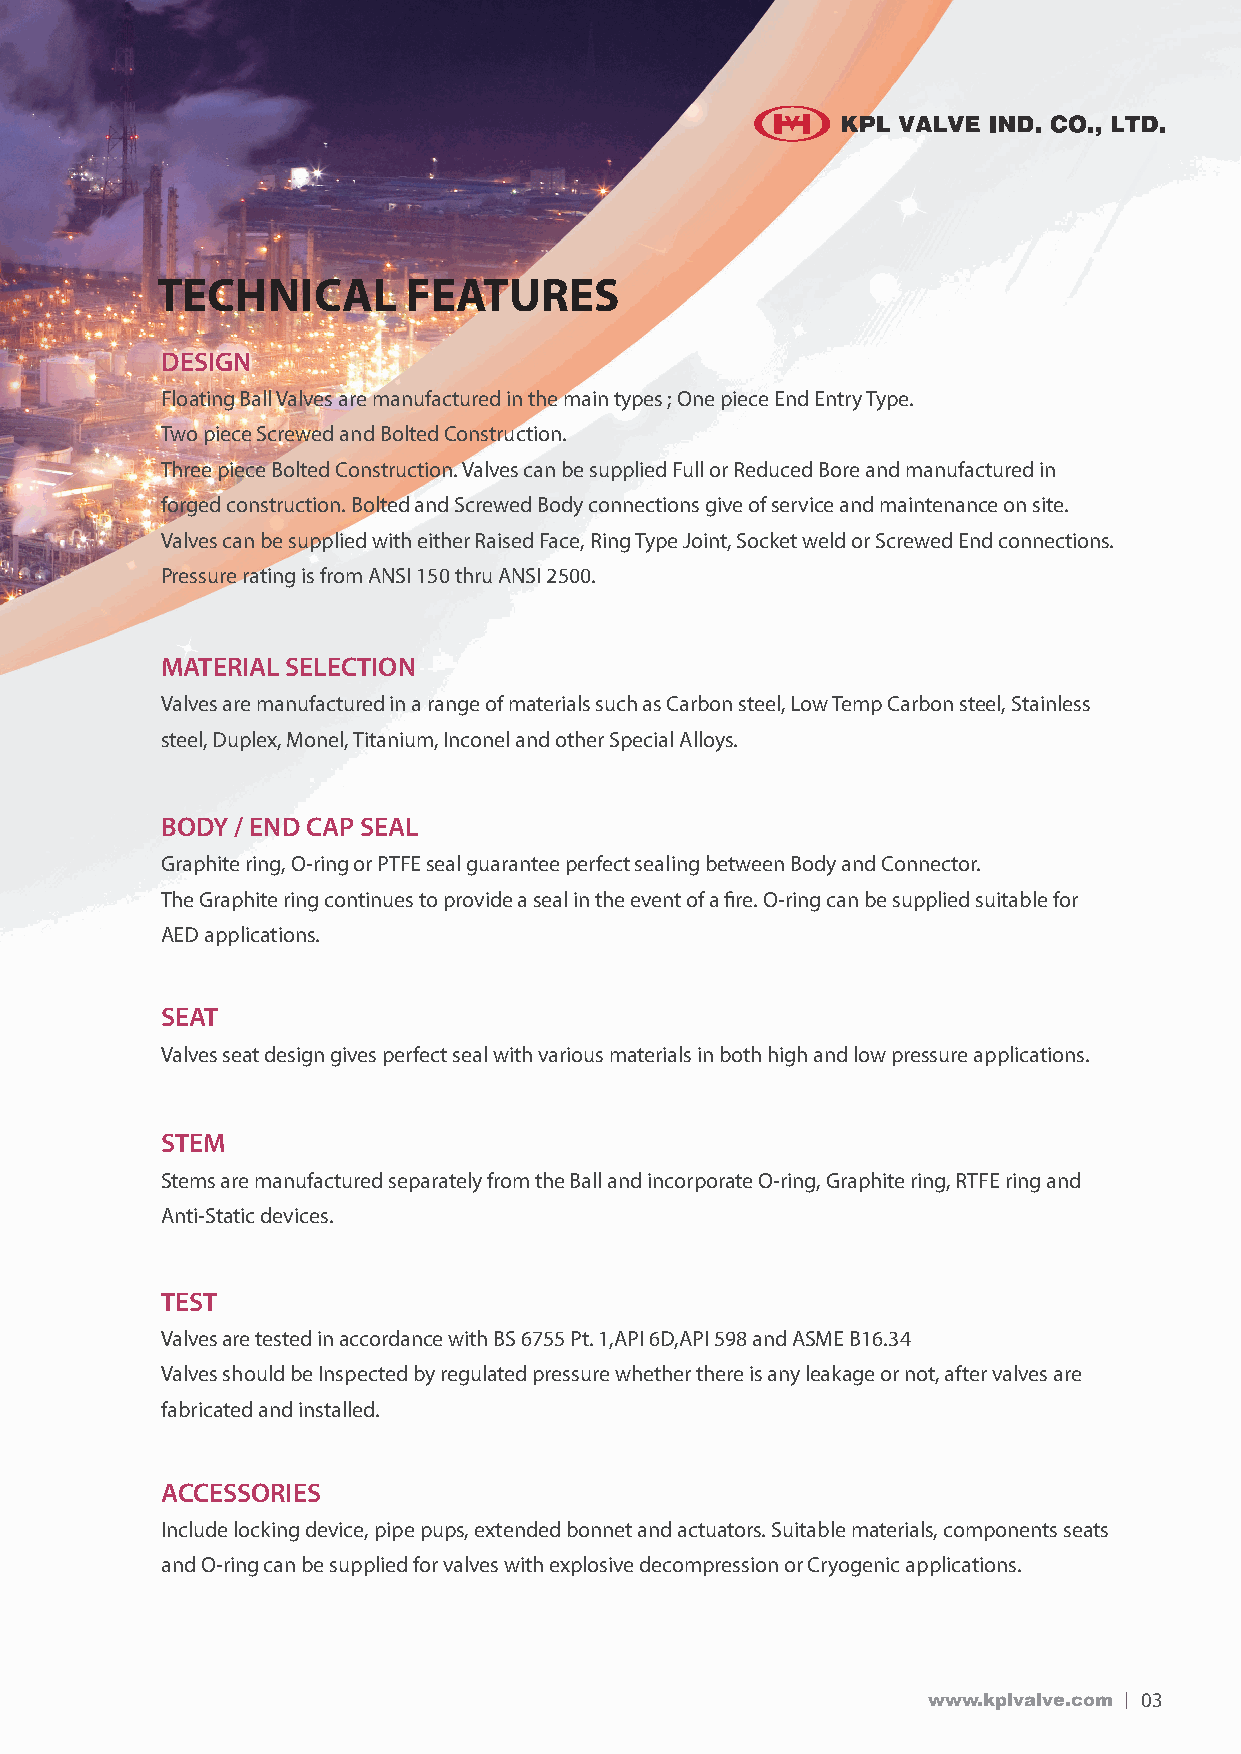
TECHNICAL        FEATURES
 dESIGn
 Floating Ball Valves are manufactured in the main types ; One piece End Entry Type.
 Two piece Screwed and Bolted Construction.
 Three piece Bolted Construction. Valves can be supplied Full or Reduced Bore and manufactured in
 forged construction. Bolted and Screwed Body connections give of service and maintenance on site.
 Valves can be supplied with either Raised Face, Ring Type Joint, Socket weld or Screwed End connections.
 Pressure rating is from ANSI 150 thru ANSI 2500.
 MAtErIAL SELEctIon
 Valves are manufactured in a range of materials such as Carbon steel, Low Temp Carbon steel, Stainless
 steel, Duplex, Monel, Titanium, Inconel and other Special Alloys.
 BodY / End cAP SEAL
 Graphite ring, O-ring or PTFE seal guarantee perfect sealing between Body and Connector.
 The Graphite ring continues to provide a seal in the event of a fire. O-ring can be supplied suitable for
 AED applications.
 SEAt
 Valves seat design gives perfect seal with various materials in both high and low pressure applications.
 StEM
 Stems are manufactured separately from the Ball and incorporate O-ring, Graphite ring, RTFE ring and
 Anti-Static devices.
 tESt
 Valves are tested in accordance with BS 6755 Pt. 1,API 6D,API 598 and ASME B16.34
 Valves should be Inspected by regulated pressure whether there is any leakage or not, after valves are
 fabricated and installed.
 AccESSorIES
 Include locking device, pipe pups, extended bonnet and actuators. Suitable materials, components seats
 and O-ring can be supplied for valves with explosive decompression or Cryogenic applications.
 www.kplvalve.com 03